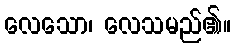
လေသော၊ လေသမည်၏။